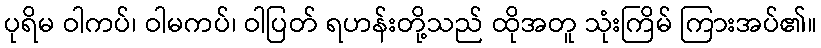
ပုရိမ ဝါကပ်၊ ဝါမကပ်၊ ဝါပြတ် ရဟန်းတို့သည် ထိုအတူ သုံးကြိမ် ကြားအပ်၏။